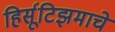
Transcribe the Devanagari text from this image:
हिर्सूटिझमाचे